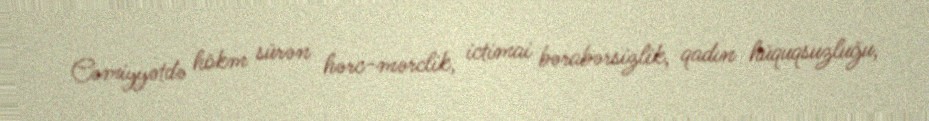
Cəmiyyətdə hökm sürən hərc-mərclik, ictimai bərabərsizlik, qadın hüquqsuzluğu,